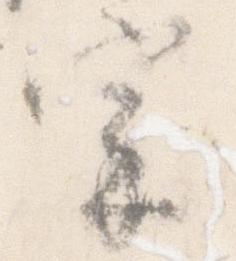
宗